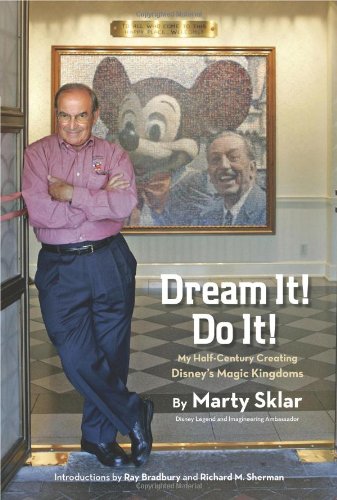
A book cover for Dream It! Do It!: My Half-Century Creating DisneyEEs Magic Kingdoms (Disney Editions Deluxe); Martin Sklar; Business & Money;